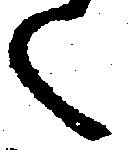
く